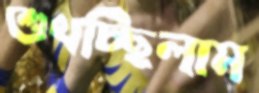
শুখচ্ছিলাম